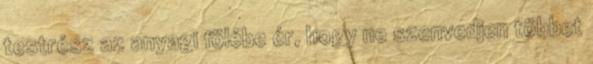
testrész az anyagi fölébe ér, hogy ne szenvedjen többet